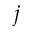
j